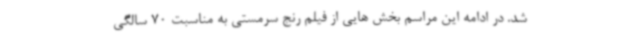
شد. در ادامه این مراسم بخش هایی از فیلم رنج سرمستی به مناسبت 70 سالگی